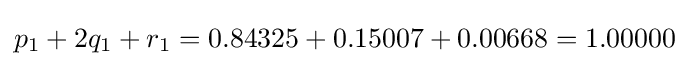
p_{1}+2q_{1}+r_{1}=0.84325+0.15007+0.00668=1.00000